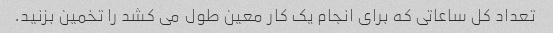
تعداد کل ساعاتی که برای انجام یک کار معین طول می کشد را تخمین بزنید.